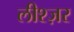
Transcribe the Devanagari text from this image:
लीश्ज़र